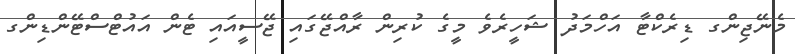
މެނޭޖިންގ ޑިރެކްޓާ އަހްމަދު ޝަހީރެވެ މީގެ ކުރިން ރާއްޖޭގައި ޖޭސީއައި ޓެން އައުޓްސްޓޭންޑިންގ